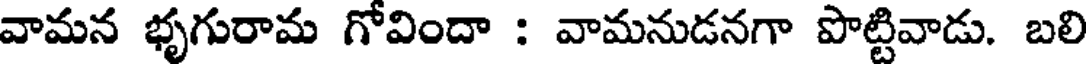
వామన భృగురామ గోవిందా : వామనుడనగా పొట్టివాడు. బలి